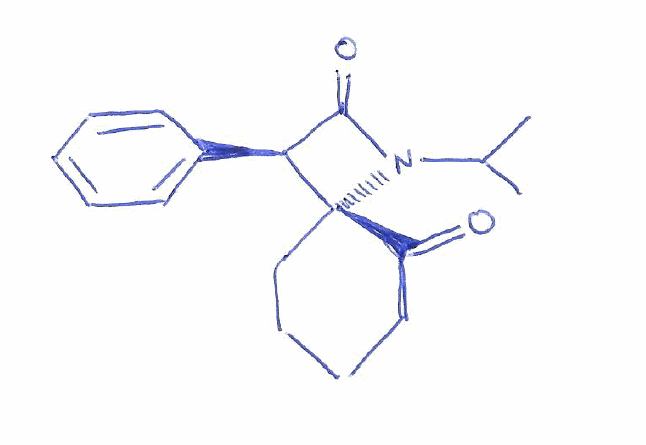
Simplified molecular-input line-entry system (SMILES) notation of the given molecule:
CC(C)N1C(=O)[C@@H]([C@@]12CCCCC2=O)C3=CC=CC=C3